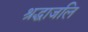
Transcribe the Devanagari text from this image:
श्रद्धाजलि